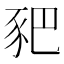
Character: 豝